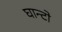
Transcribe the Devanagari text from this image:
घान्टो